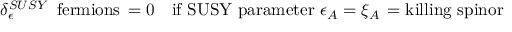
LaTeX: \delta _ { \epsilon } ^ { S U S Y } \, \mathrm { ~ f e r m i o n s } \, = 0 \quad \mathrm { i f ~ S U S Y ~ p a r a m e t e r } \, \, \epsilon _ { A } = \xi _ { A } \, = \mathrm { k i l l i n g ~ s p i n o r }